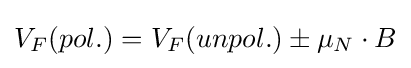
V_{F}(pol.)=V_{F}(unpol.)\pm \mu _{N}\cdot B